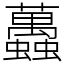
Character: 䘍